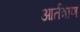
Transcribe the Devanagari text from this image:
आर्तत्राण